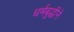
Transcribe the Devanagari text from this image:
धर्मबुद्धीने